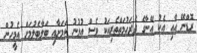
ރޮޑްނޭ އާއި އެކު އޭނާގެ ދެރަހުމަތްތެރިއަކު ވެސް އުޅުނު ކަމަށާއި ބަލާބެލުމަށް އެމީހުން